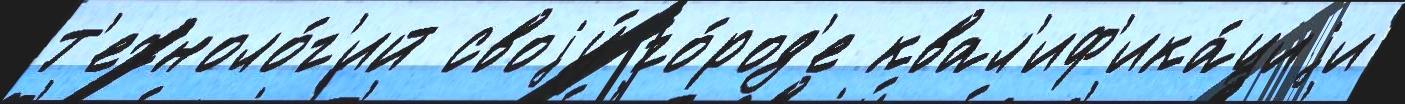
т'ехноло́г'ий своjу́ го́род'е квал'иф'ика́циjи